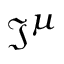
{ \mathfrak { J } } ^ { \mu }